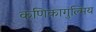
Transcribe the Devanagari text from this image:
कणिकागुल्मिय